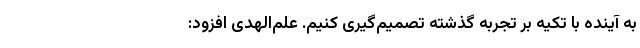
به آینده با تکیه بر تجربه گذشته تصمیم‌گیری کنیم. علم‌الهدی افزود: